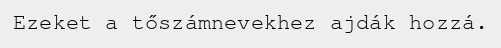
Ezeket a tőszámnevekhez ajdák hozzá.